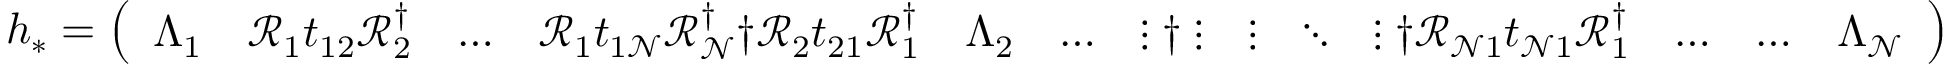
\begin{array} { r } { h _ { * } = \left( \begin{array} { l l l l l l l l l l l l l } { \Lambda _ { 1 } } & { \mathcal { R } _ { 1 } t _ { 1 2 } \mathcal { R } _ { 2 } ^ { \dagger } } & { \dots } & { \mathcal { R } _ { 1 } t _ { 1 \mathcal { N } } \mathcal { R } _ { \mathcal { N } } ^ { \dagger } \dag \mathcal { R } _ { 2 } t _ { 2 1 } \mathcal { R } _ { 1 } ^ { \dagger } } & { \Lambda _ { 2 } } & { \dots } & { \vdots \dag \vdots } & { \vdots } & { \ddots } & { \vdots \dag \mathcal { R } _ { \mathcal { N } 1 } t _ { \mathcal { N } 1 } \mathcal { R } _ { 1 } ^ { \dagger } } & { \dots } & { \dots } & { \Lambda _ { \mathcal { N } } } \end{array} \right) } \end{array}